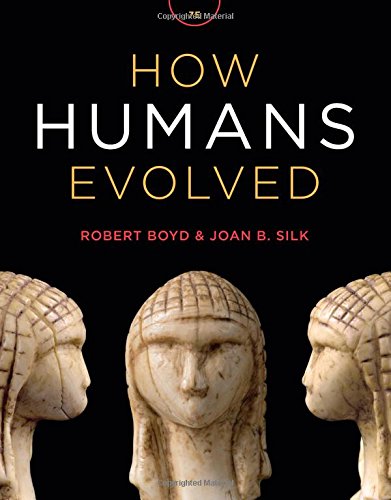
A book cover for How Humans Evolved (Seventh Edition); Robert Boyd; Politics & Social Sciences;